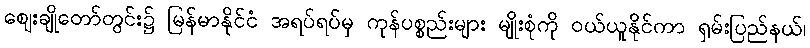
ဈေးချိုတော်တွင်း၌ မြန်မာနိုင်ငံ အရပ်ရပ်မှ ကုန်ပစ္စည်းများ မျိုးစုံကို ဝယ်ယူနိုင်ကာ ရှမ်းပြည်နယ်၊